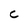
Character: C